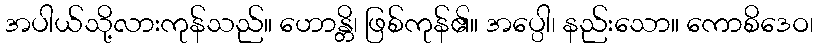
အပါယ်သို့လားကုန်သည်။ ဟောန္တိ၊ ဖြစ်ကုန်၏။ အပ္ပေါ၊ နည်းသော။ ကောစိဒေဝ၊